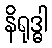
နိရုဒ္ဓါ